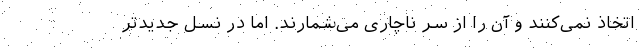
اتخاذ نمی‌کنند و آن را از سر ناچاری می‌شمارند. اما در نسل جدیدتر